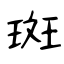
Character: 斑